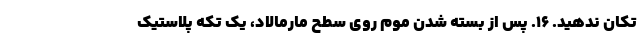
تکان ندهید. ۱۶. پس از بسته شدن موم روی سطح مارمالاد، یک تکه پلاستیک